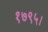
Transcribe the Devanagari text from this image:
१७९५।